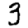
Digit: 3